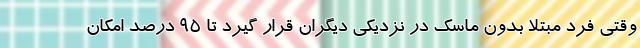
وقتی فرد مبتلا بدون ماسک در نزدیکی دیگران قرار گیرد تا ۹۵ درصد امکان